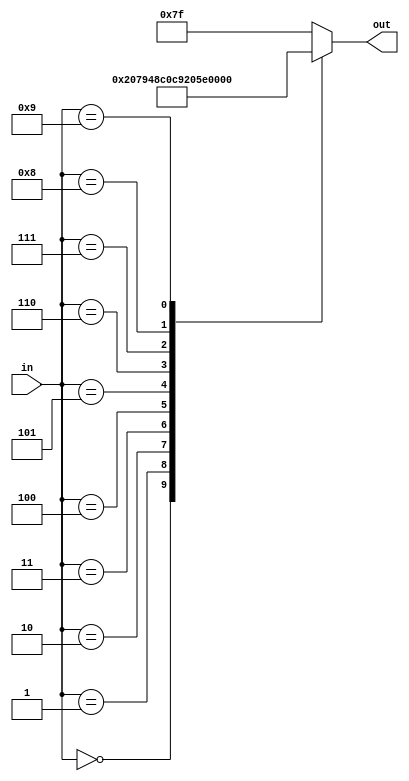
module hex_driver
	(
		input [3:0] in,
		output reg [6:0] out
	);

	always @(*)
	begin
	
		out <= ~7'b0000_0000;
	
		case (in)
		
			4'd0:
				out <= ~7'b011_1111;
			4'd1:
				out <= ~7'b000_0110;
			4'd2:
				out <= ~7'b101_1011;
			4'd3:
				out <= ~7'b100_1111;
			4'd4:
				out <= ~7'b110_0110;
			4'd5:
				out <= ~7'b110_1101;
			4'd6:
				out <= ~7'b111_1101;
			4'd7:
				out <= ~7'b000_0111;
			4'd8:
				out <= ~7'b111_1111;
			4'd9:
				out <= ~7'b110_0111;
	
		endcase
	
	end
	
endmodule